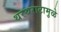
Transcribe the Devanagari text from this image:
थरथराटामुळे